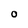
Character: O